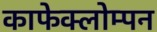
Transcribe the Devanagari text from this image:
काफेक्लोम्पन